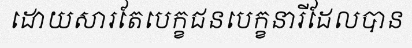
ដោយសារតែបេក្ខជនបេក្ខនារីដែលបាន